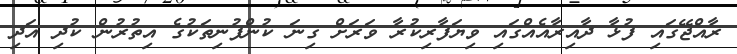
ރާއްޖޭގައި ފުޅާ ދާއިރާއެއްގައި ވިޔަފާރިކުރާ ވަރަށް ގިނަ ކުންފުނިތަކުގެ އިތުރުން ކުދި އަދި